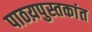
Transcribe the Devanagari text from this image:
पाठय़पुस्तकांत